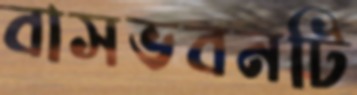
বাসভবনটি